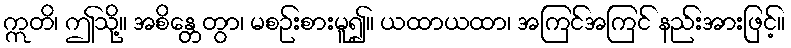
ဣတိ၊ ဤသို့။ အစိန္တေတွာ၊ မစဉ်းစားမူ၍။ ယထာယထာ၊ အကြင်အကြင် နည်းအားဖြင့်။